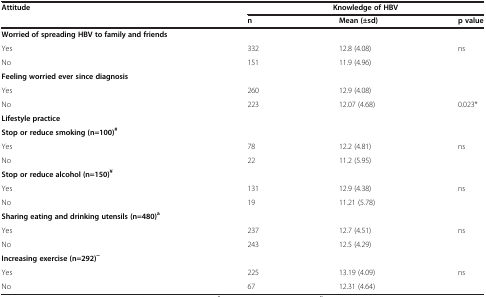
<table><thead><tr><td><b>Attitude</b></td><td colspan="3"><b>Knowledge of HBV</b></td></tr><tr><td><b> </b></td><td><b>n</b></td><td><b>Mean (±sd)</b></td><td><b>p value</b></td></tr></thead><tbody><tr><td><b>Worried of spreading HBV to family and friends</b></td><td> </td><td> </td><td> </td></tr><tr><td>Yes</td><td>332</td><td>12.8 (4.08)</td><td>ns</td></tr><tr><td>No</td><td>151</td><td>11.9 (4.96)</td><td> </td></tr><tr><td><b>Feeling worried ever since diagnosis</b></td><td> </td><td> </td><td> </td></tr><tr><td>Yes</td><td>260</td><td>12.9 (4.08)</td><td> </td></tr><tr><td>No</td><td>223</td><td>12.07 (4.68)</td><td>0.023*</td></tr><tr><td><b>Lifestyle practice</b></td><td> </td><td> </td><td> </td></tr><tr><td><b>Stop or reduce smoking (n=100)</b><sup><b>#</b></sup></td><td> </td><td> </td><td> </td></tr><tr><td>Yes</td><td>78</td><td>12.2 (4.81)</td><td>ns</td></tr><tr><td>No</td><td>22</td><td>11.2 (5.95)</td><td> </td></tr><tr><td><b>Stop or reduce alcohol (n=150)</b><sup><b>¥</b></sup></td><td> </td><td> </td><td> </td></tr><tr><td>Yes</td><td>131</td><td>12.9 (4.38)</td><td>ns</td></tr><tr><td>No</td><td>19</td><td>11.21 (5.78)</td><td> </td></tr><tr><td colspan="4"><b>Sharing eating and drinking utensils (n=480)</b><sup><b>a</b></sup></td></tr><tr><td>Yes</td><td>237</td><td>12.7 (4.51)</td><td>ns</td></tr><tr><td>No</td><td>243</td><td>12.5 (4.29)</td><td> </td></tr><tr><td><b>Increasing exercise (n=292)</b><sup><b>~</b></sup></td><td> </td><td> </td><td> </td></tr><tr><td>Yes</td><td>225</td><td>13.19 (4.09)</td><td>ns</td></tr><tr><td>No</td><td>67</td><td>12.31 (4.64)</td><td> </td></tr></tbody></table>